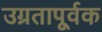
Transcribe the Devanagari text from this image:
उग्रतापूर्वक